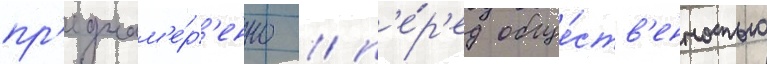
пр'еднам'е́р'енно / п'е́р'ед обще́ств'енностью